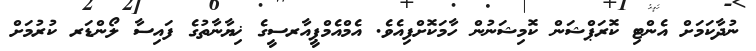
ނުދާކަމަށް އެންޓި ކޮރަޕްޝަން ކޮމިޝަނުން ހާމަކޮށްފިއެވެ. އެމްއެމްޕީއާރސީގެ ޚިޔާނާތުގެ ފައިސާ ލޯންޑަރ ކުރުމަށް